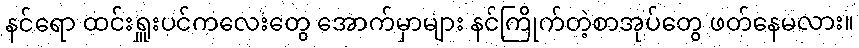
နင်ရော ထင်းရှူးပင်ကလေးတွေ အောက်မှာများ နင်ကြိုက်တဲ့စာအုပ်တွေ ဖတ်နေမလား။